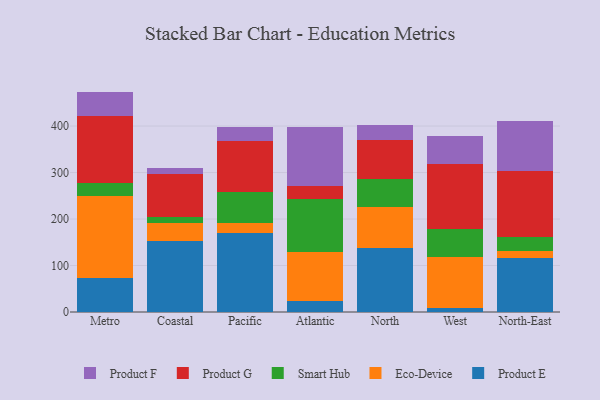
{"axis": {"x": "Region", "y": "Satisfaction Score"}, "legend": ["Eco-Device", "Product E", "Product F", "Product G", "Smart Hub"], "data": [{"x": "Metro", "y": 73.9, "type": "Product E"}, {"x": "Metro", "y": 174.8, "type": "Eco-Device"}, {"x": "Metro", "y": 29.3, "type": "Smart Hub"}, {"x": "Metro", "y": 143.8, "type": "Product G"}, {"x": "Metro", "y": 52.3, "type": "Product F"}, {"x": "Coastal", "y": 151.9, "type": "Product E"}, {"x": "Coastal", "y": 38.8, "type": "Eco-Device"}, {"x": "Coastal", "y": 12.9, "type": "Smart Hub"}, {"x": "Coastal", "y": 94.1, "type": "Product G"}, {"x": "Coastal", "y": 12.7, "type": "Product F"}, {"x": "Pacific", "y": 170.7, "type": "Product E"}, {"x": "Pacific", "y": 21.0, "type": "Eco-Device"}, {"x": "Pacific", "y": 66.2, "type": "Smart Hub"}, {"x": "Pacific", "y": 109.1, "type": "Product G"}, {"x": "Pacific", "y": 30.1, "type": "Product F"}, {"x": "Atlantic", "y": 23.9, "type": "Product E"}, {"x": "Atlantic", "y": 105.4, "type": "Eco-Device"}, {"x": "Atlantic", "y": 114.5, "type": "Smart Hub"}, {"x": "Atlantic", "y": 28.2, "type": "Product G"}, {"x": "Atlantic", "y": 124.9, "type": "Product F"}, {"x": "North", "y": 137.4, "type": "Product E"}, {"x": "North", "y": 89.2, "type": "Eco-Device"}, {"x": "North", "y": 58.6, "type": "Smart Hub"}, {"x": "North", "y": 85.3, "type": "Product G"}, {"x": "North", "y": 30.7, "type": "Product F"}, {"x": "West", "y": 8.1, "type": "Product E"}, {"x": "West", "y": 110.3, "type": "Eco-Device"}, {"x": "West", "y": 60.4, "type": "Smart Hub"}, {"x": "West", "y": 139.0, "type": "Product G"}, {"x": "West", "y": 60.0, "type": "Product F"}, {"x": "North-East", "y": 115.7, "type": "Product E"}, {"x": "North-East", "y": 16.1, "type": "Eco-Device"}, {"x": "North-East", "y": 30.2, "type": "Smart Hub"}, {"x": "North-East", "y": 140.3, "type": "Product G"}, {"x": "North-East", "y": 109.3, "type": "Product F"}]}